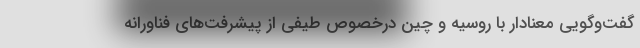
گفت‌وگویی معنادار با روسیه و چین درخصوص طیفی از پیشرفت‌های فناورانه